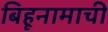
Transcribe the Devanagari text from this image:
बिहूनामाची